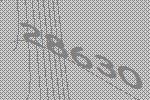
28630